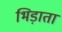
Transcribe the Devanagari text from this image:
भिड़ाता